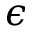
\boldsymbol { \epsilon }